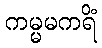
ကမ္မမကရိံ